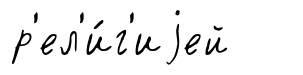
р'ел'и́г'иjей